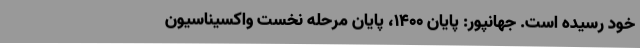
خود رسیده است. جهانپور: پایان ۱۴۰۰، پایان مرحله نخست واکسیناسیون